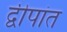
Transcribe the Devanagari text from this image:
द्वीपांत